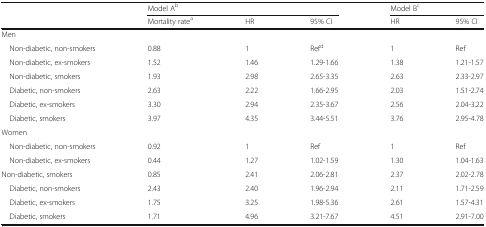
<table><thead><tr><td rowspan="2"></td><td colspan="3"><b>Model A<sup>b</sup></b></td><td colspan="2"><b>Model B<sup>c</sup></b></td></tr><tr><td><b>Mortality rate<sup>a</sup></b></td><td><b>HR</b></td><td><b>95% CI</b></td><td><b>HR</b></td><td><b>95% CI</b></td></tr></thead><tbody><tr><td colspan="6">Men</td></tr><tr><td> Non-diabetic, non-smokers</td><td>0.88</td><td>1</td><td>Ref<sup>d</sup></td><td>1</td><td>Ref</td></tr><tr><td> Non-diabetic, ex-smokers</td><td>1.52</td><td>1.46</td><td>1.29-1.66</td><td>1.38</td><td>1.21-1.57</td></tr><tr><td> Non-diabetic, smokers</td><td>1.93</td><td>2.98</td><td>2.65-3.35</td><td>2.63</td><td>2.33-2.97</td></tr><tr><td> Diabetic, non-smokers</td><td>2.63</td><td>2.22</td><td>1.66-2.95</td><td>2.03</td><td>1.51-2.74</td></tr><tr><td> Diabetic, ex-smokers</td><td>3.30</td><td>2.94</td><td>2.35-3.67</td><td>2.56</td><td>2.04-3.22</td></tr><tr><td> Diabetic, smokers</td><td>3.97</td><td>4.35</td><td>3.44-5.51</td><td>3.76</td><td>2.95-4.78</td></tr><tr><td colspan="6">Women</td></tr><tr><td> Non-diabetic, non-smokers</td><td>0.92</td><td>1</td><td>Ref</td><td>1</td><td>Ref</td></tr><tr><td> Non-diabetic, ex-smokers</td><td>0.44</td><td>1.27</td><td>1.02-1.59</td><td>1.30</td><td>1.04-1.63</td></tr><tr><td>Non-diabetic, smokers</td><td>0.85</td><td>2.41</td><td>2.06-2.81</td><td>2.37</td><td>2.02-2.78</td></tr><tr><td> Diabetic, non-smokers</td><td>2.43</td><td>2.40</td><td>1.96-2.94</td><td>2.11</td><td>1.71-2.59</td></tr><tr><td> Diabetic, ex-smokers</td><td>1.75</td><td>3.25</td><td>1.98-5.36</td><td>2.61</td><td>1.57-4.31</td></tr><tr><td> Diabetic, smokers</td><td>1.71</td><td>4.96</td><td>3.21-7.67</td><td>4.51</td><td>2.91-7.00</td></tr></tbody></table>